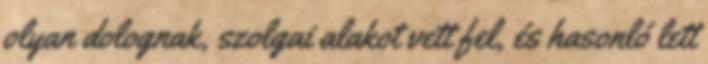
olyan dolognak, szolgai alakot vett fel, és hasonló lett